Report on the bubonic plague in Bombay, 1896-1897
Year: 1896
Disease focus: Plague
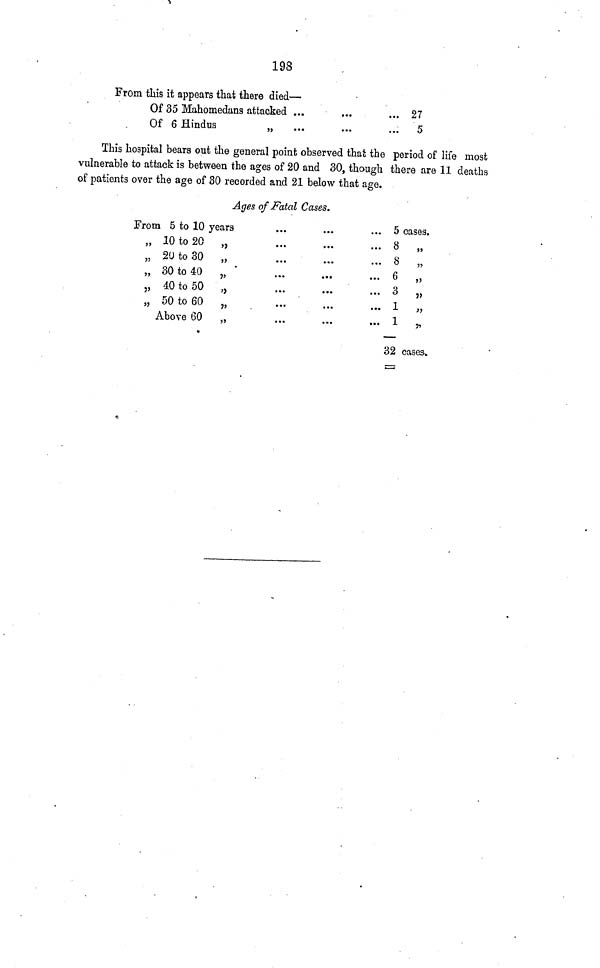
198
From this it appears that there died —
Of 35 Mahomedans attacked ...
Of 6 Hindus
„ ...
...
...
... 27
... 5
This hospital bears out the general point observed that the period of life most
vulnerable to attack is between the ages of 20 and 30, though there are 11 deaths
of patients over the age of 30 recorded and 21 below that age.
Ages of Fatal Cases.
From 5 to 10 years
„ 10 to 20 „
„ 20 to 30 „
„ 30 to 40 „
„ 40 to 50 „
„ 50 to 60 „
Above 60 „
... ...
... ...
...
...
...
...
... ...
... ...
... ...
... 5
... 8
... 8
... 6
... 3
... 1
... 1
32
cases.
"
"
"
"
"
cases.